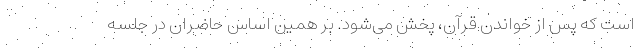
است که پس از خواندن قرآن، پخش می‌شود. بر همین اساس حاضران در جلسه